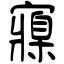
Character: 寱